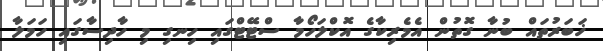
ޚަބަރުތައް ބުނާ ގޮތުން އެމެރިކާގެ އޮކްލަހޯމާ ސްޓޭޓްގައި ހިނގި މި ހާދިސާގައި ހަމަލާ